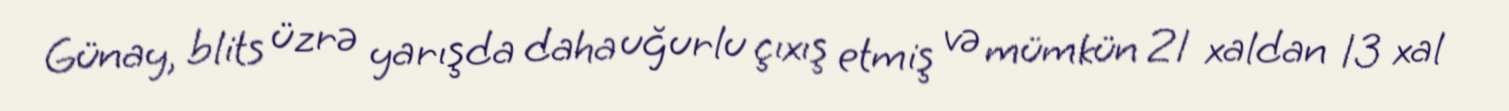
Günay, blits üzrə yarışda daha uğurlu çıxış etmiş və mümkün 21 xaldan 13 xal